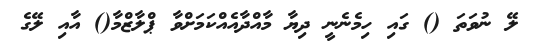
ލޭ ނުވަތަ () ގައި ހިމެނެނީ ދިޔާ މާއްދާއެއްކަމަށްވާ ޕްލާޒްމާ() އާއި ލޭގެ